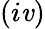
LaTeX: (i\mathit{v})